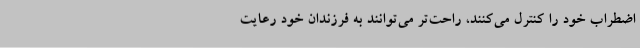
اضطراب خود را کنترل می‌کنند، راحت‌تر می‌توانند به فرزندان خود رعایت